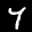
Label: 7